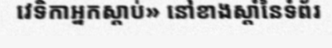
វេទិកាអ្នកស្តាប់» នៅខាងស្តាំនៃទំព័រ